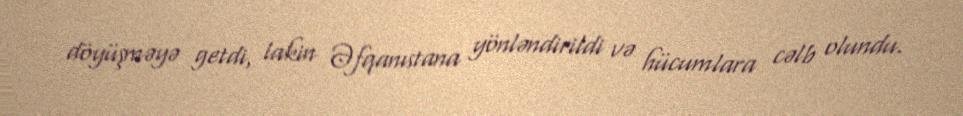
döyüşməyə getdi, lakin Əfqanıstana yönləndirildi və hücumlara cəlb olundu.